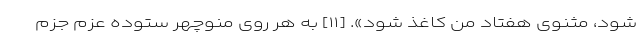
شود، مثنوی هفتاد من کاغذ شود». [۱۱] به هر روی منوچهر ستوده عزم جزم